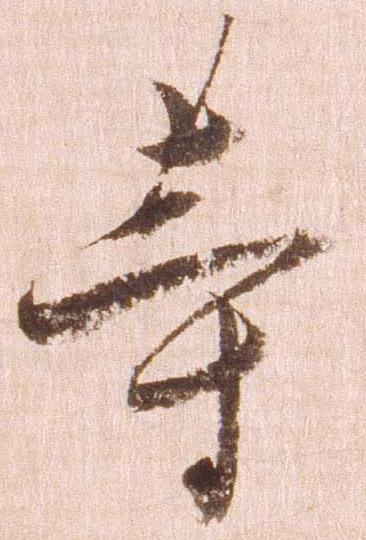
等